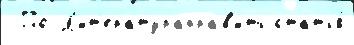
 По Л'ит'ератураправ'ить статья́